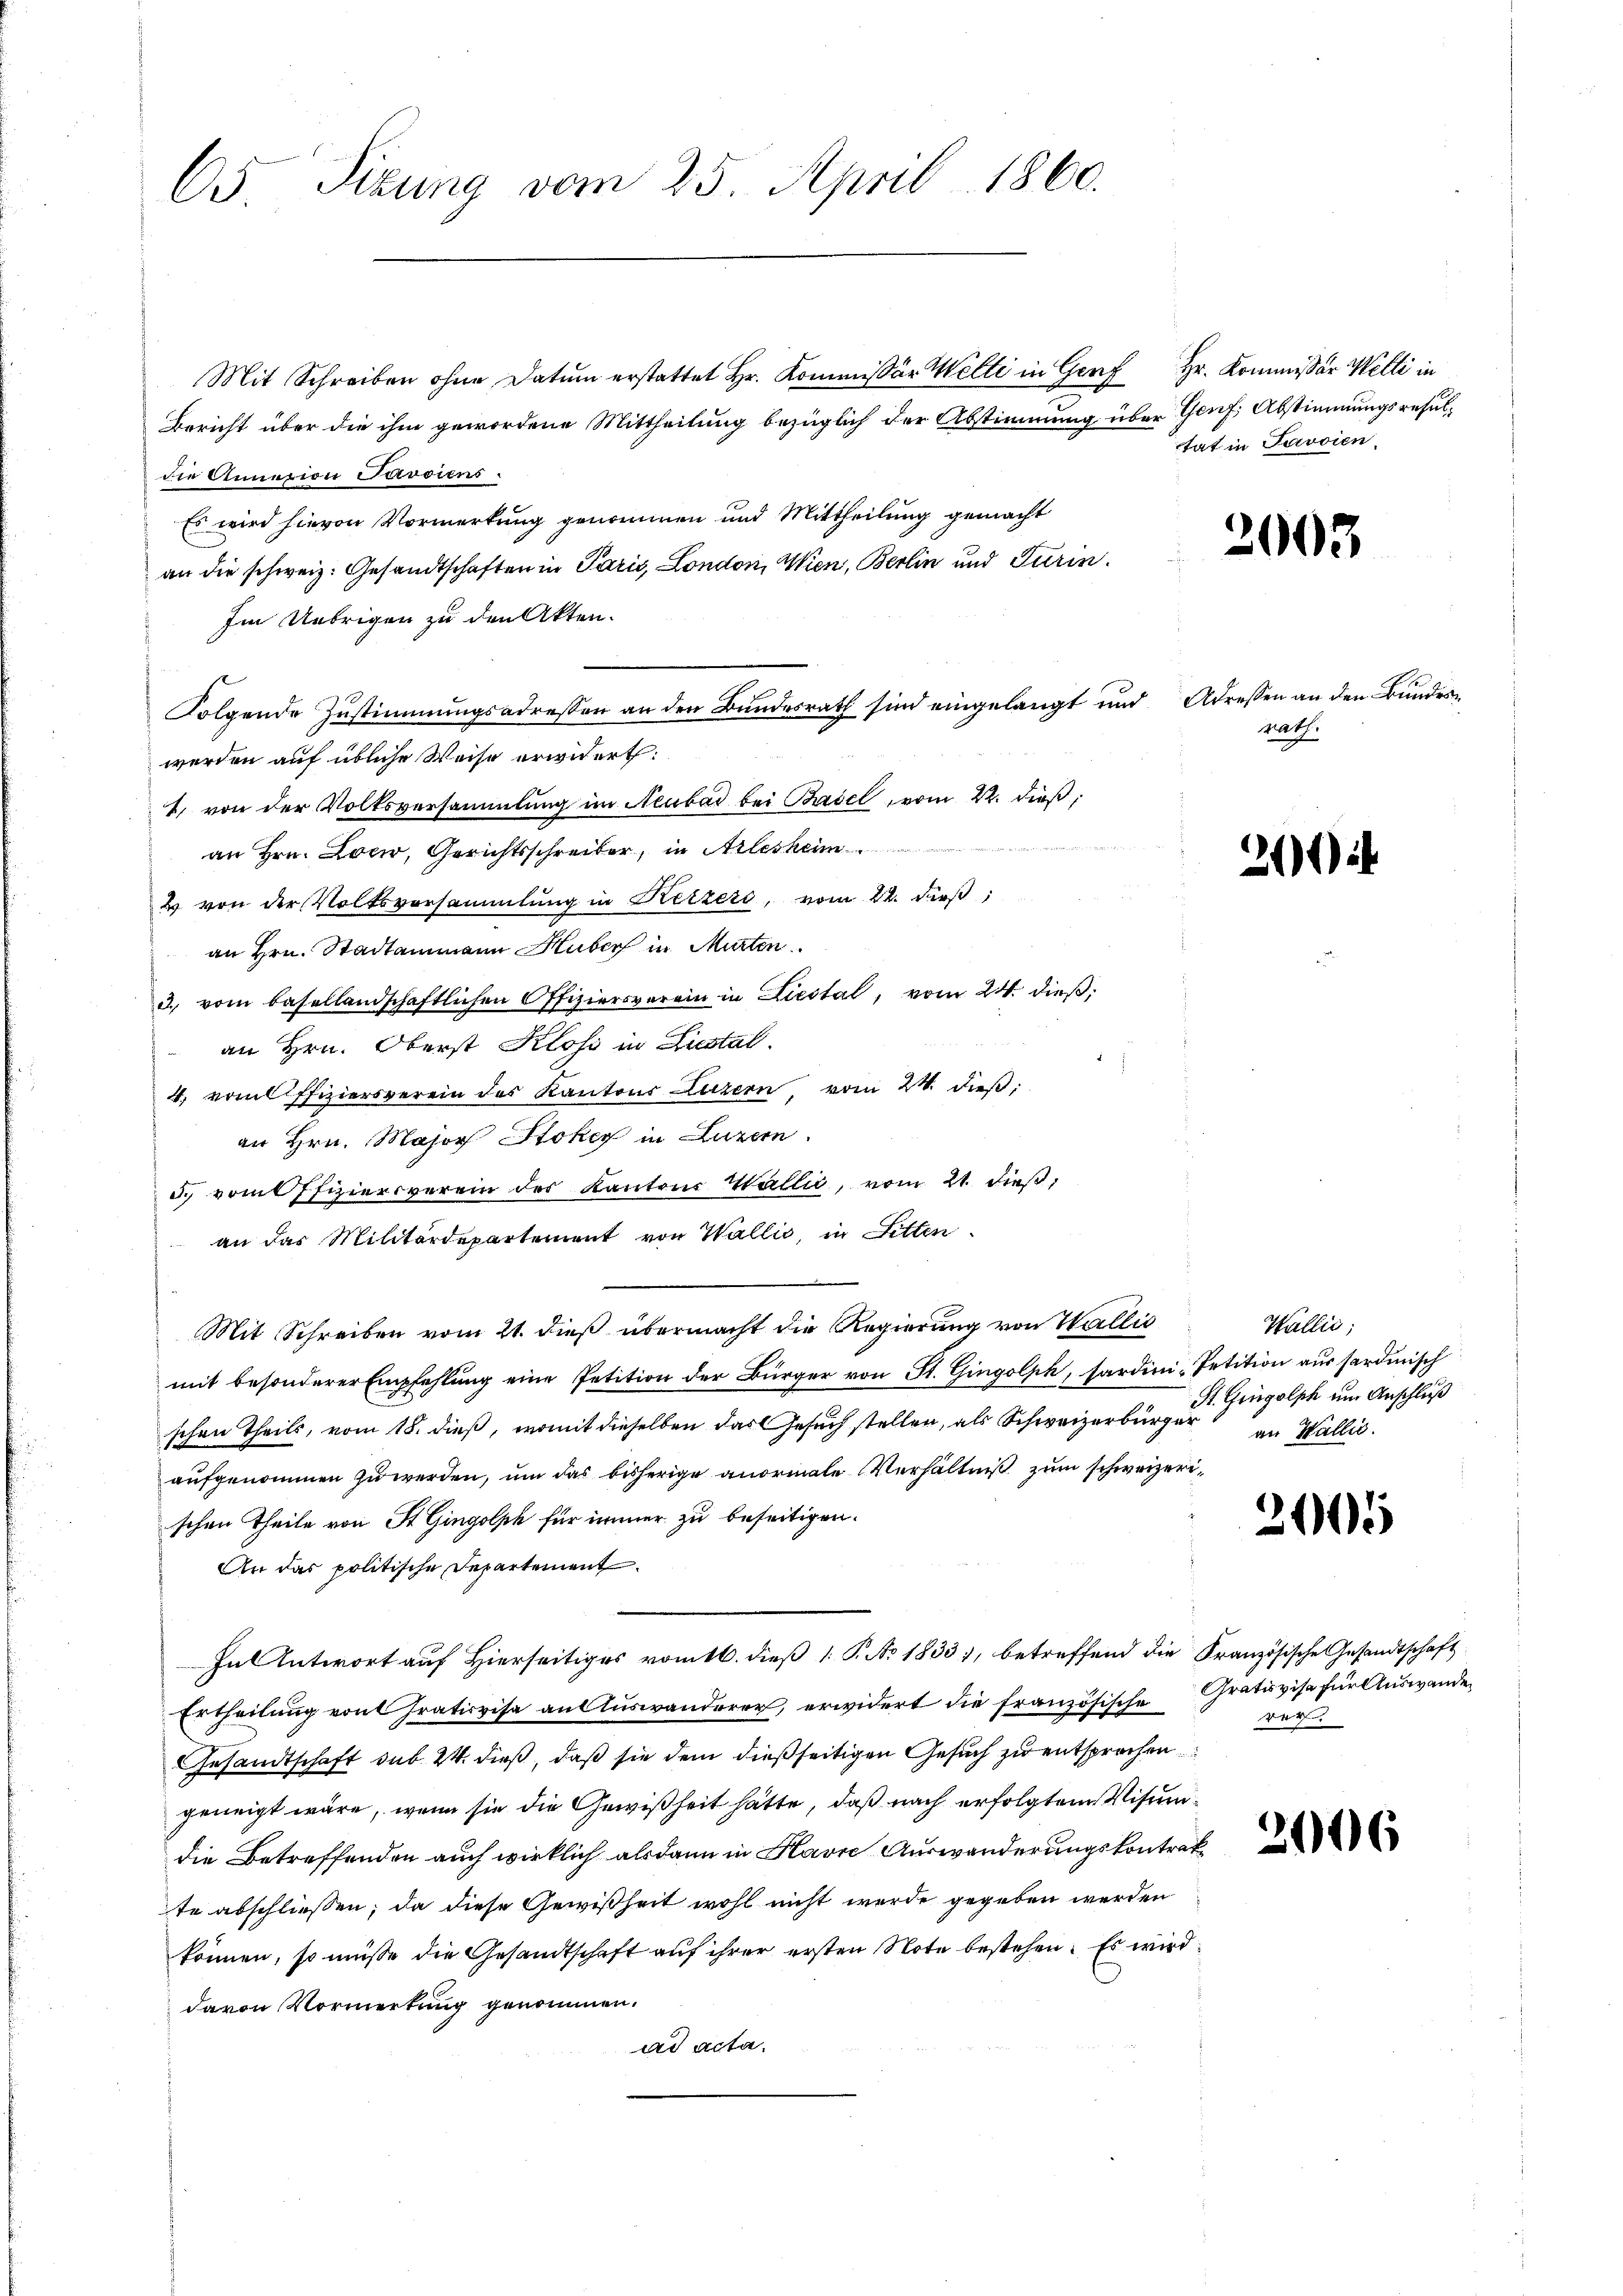
65 Sitzung vom 25. April 1860.

Mit Schreiben ohne Datum erstattet Hr. Kommissor Welti in Genf Hr. Kommissor Welti in
Bericht über die ihm gewordene Mittheilung bezüglich der Abstimmung über Genf, Abstimmungsresuldie Annation Savoiens.
Es wird hievon Vormerkung genommen und Mittheilung gemacht
an die schweiz. Gesandtschaften in Paris, London, Wien, Berlin und Turin
Im Uebrigen zu den Akten.
Folgende Zustimmungsadressen an den Bundesrath sind eingelangt und Adressen an den Bundeswerden auf übliche Weise erwidert:
1. von der Volksversammlung im Neubad bei Basel vom 22. dieß,
an Hrn. Loew, Gerichtsschreiber, in Arleshei
& von der Volksversammlung in Reizers, vom 22. dieß,
an Hrn. Stadtammann Huber in Murten
d. vom basellandschaftlichen Offiziersverein in Liestal, vom 24. dieß,
an Hrn. Oberst Kloss in Liestal.
4. vom ffiziersverein des Kantons Luzern, vom 24. dieß,
an Hrn. Major Stokey in Luzern.
5. vom Pfiziersverein des Kantons Walli, vom 21. dieß,
an das Militärdepartement von Wallis, in Litten.
Mit Schreiben vom 21. dieß übermacht die Regierung von Wallis
mit besonderer Empfehlung eine Petition der Bürger von St. Gingolph, sardini, Petition aus sardinisch
schen Theils, vom 18. dieß, womit dieselben das Gesuch stellen, als Schweizerbürger in Wallis.
aufgenommen zu werden, um das bisherige anormale Verhältniß zum schweizerischen Theile von St. Gingolph für immer zu beseitigen.
An das politische Departement
In Antwort auf Hierseitiges romtl. dieß P. No 1833, betreffend die Französische Gesandtschaft
Ertheilung von Grativvisa an Auswanderer, erwidert die französische Grativise für Auswanden
Gesandtschaft sub. 24. dieß, daß sie dem dießseitigen Gesuch zu entsprochen
geneigt wäre, wenn sie die Gewißheit hätte, daß nach erfolgtem Visumdie Betreffenden auch wirklich als dann in Havre Auswanderungskontrakte abschliessen, da diese Gewißheit wohl nicht werde gegeben werden
können, so müsse die Gesandtschaft auf ihrer ersten Note bestehen. Es wird
davon Vormerkung genommen.
ad acta.

tat in Javoien

2003

nath.

21

Wallić,
St. Gingolph um Anschluß

2405

ver

2106